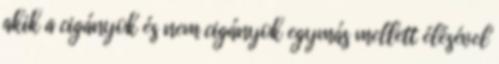
akik a cigányok és nem cigányok egymás mellett élésével